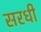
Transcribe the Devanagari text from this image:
सरधी